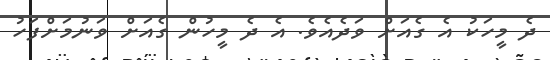
ދެ މީހަކު އެ ގެއަށް ވަދެއެވެ. އެ ދެ މީހުން ގެއަށް ވަނުމަށްފަހު